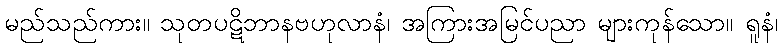
မည်သည်ကား။ သုတပဋိဘာနဗဟုလာနံ၊ အကြားအမြင်ပညာ များကုန်သော။ ရူနံ၊